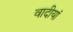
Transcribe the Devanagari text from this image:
वादीयां